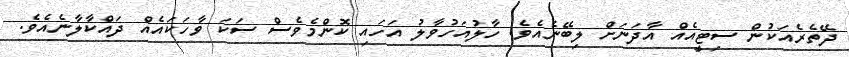
ދޭތެރެއަކުން ސިޓީއެއް އާދަނަށް ލިބޭނެއެވެ. ހާލުއަހުވާލު އަހައި ކޮންމެވެސް ސަކަ ވާހަކައެއް ދައްކާލާނެއެވެ.